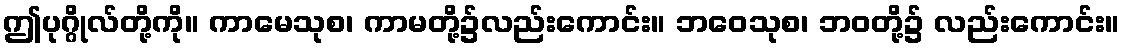
ဤပုဂ္ဂိုလ်တို့ကို။ ကာမေသုစ၊ ကာမတို့၌လည်းကောင်း။ ဘဝေသုစ၊ ဘဝတို့၌ လည်းကောင်း။